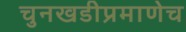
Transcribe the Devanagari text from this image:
चुनखडीप्रमाणेच